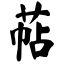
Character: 萜